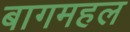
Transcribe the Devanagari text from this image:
बागमहल